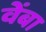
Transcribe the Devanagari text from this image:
वेंबा